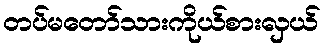
တပ်မတော်သားကိုယ်စားလှယ်